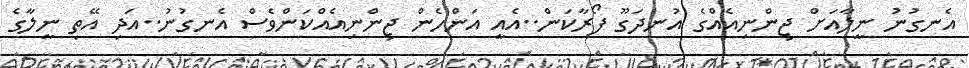
އެނގުނު ނީލާއަށް ޖިންނިއެއްގެ އުނދަގޫ ފޯރާކަން..އެއީ އަންހެން ޖިންނިއެއްކަންވެސް އެނގުނު..އަދި އޭތި ނީލާގެ